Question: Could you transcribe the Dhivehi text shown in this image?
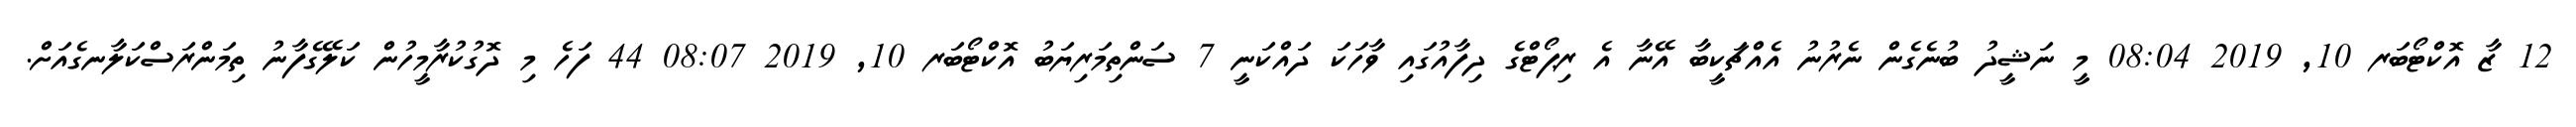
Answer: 12 ޒާ އޮކްޓޯބަރ 10, 2019 08:04 މީ ނަޝީދު ބުނެގެން ނެރުނު އެއްޗަކީބާ އޭނާ އެ ރިޕޯޓްގެ ދިފާއުގައި ވާހަކަ ދައްކަނީ 7 ސަންތިމަރިޔަބު އޮކްޓޯބަރ 10, 2019 08:07 44 ފަހެ މި ދޮގުކުރާމީހުން ކަލޭގެފާނު ތިމަންރަސްކަލާނގެއަށް.